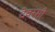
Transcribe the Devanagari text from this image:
देवस्सी